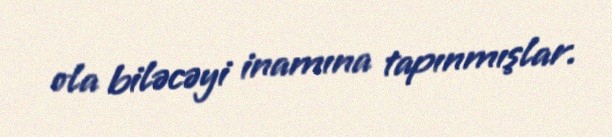
ola biləcəyi inamına tapınmışlar.